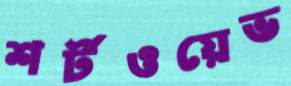
শর্টওয়েভ